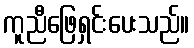
ကူညီဖြေရှင်းပေးသည်။